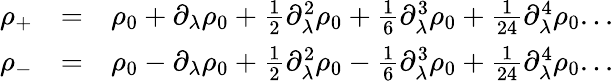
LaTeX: \begin{array}{rlr}{\rho_{+}}&{=}&{\rho_{0}+\partial_{\lambda}\rho_{0}+\frac{1}{2}\partial_{\lambda}^{2}\rho_{0}+\frac{1}{6}\partial_{\lambda}^{3}\rho_{0}+\frac{1}{24}\partial_{\lambda}^{4}\rho_{0}...}\\ {\rho_{-}}&{=}&{\rho_{0}-\partial_{\lambda}\rho_{0}+\frac{1}{2}\partial_{\lambda}^{2}\rho_{0}-\frac{1}{6}\partial_{\lambda}^{3}\rho_{0}+\frac{1}{24}\partial_{\lambda}^{4}\rho_{0}...}\end{array}